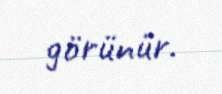
görünür.